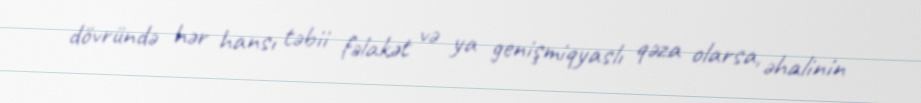
dövründə hər hansı təbii fəlakət və ya genişmiqyaslı qəza olarsa, əhalinin